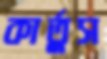
কার্তুস